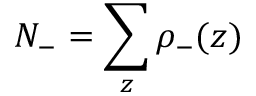
N _ { - } = \sum _ { z } \rho _ { - } ( z )